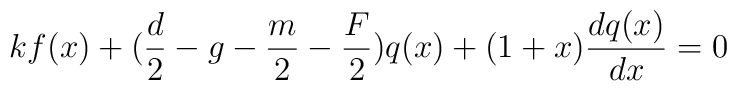
kf(x)+(\frac d2-g-\frac m2-\frac F2)q(x)+(1+x)\frac{dq(x)}{dx}=0